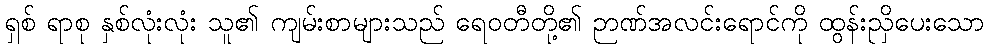
ရှစ် ရာစု နှစ်လုံးလုံး သူ၏ ကျမ်းစာများသည် ရေဝတီတို့၏ ဉာဏ်အလင်းရောင်ကို ထွန်းညှိပေးသော